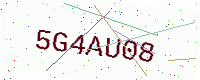
Text: 5G4AU08